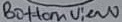
Text: Bottom View